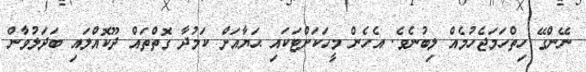
ނޭންގޭ ހިތްހަމަޖެހުމެއް ލިބުނެވެ. އެހެން މީހަކަށްޓަކައި ޙަޔާއަށް ކަމުދާ ގޮތްތައް ދޫކޮއްލައި ބަދަލުވާން